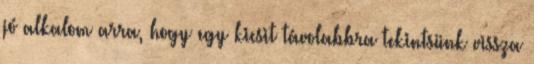
jó alkalom arra, hogy egy kicsit távolabbra tekintsünk vissza